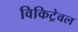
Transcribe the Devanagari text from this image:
विकिट्रेवल